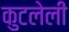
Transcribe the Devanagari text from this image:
कुटलेली